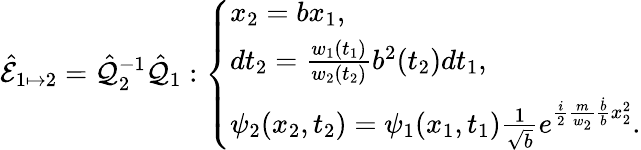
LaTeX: \hat{\mathcal{E}}_{1\mapsto 2}=\hat{\mathcal{Q}}_{2}^{-1}\hat{\mathcal{Q}}_{1}:\left\{ \begin{array}{ll}{x_{2}=bx_{1},}\\ {dt_{2}=\frac{w_{1}(t_{1})}{w_{2}(t_{2})}b^{2}(t_{2})dt_{1},}\\ {\psi_{2}(x_{2},t_{2})=\psi_{1}(x_{1},t_{1})\frac{1}{\sqrt{b}}e^{\frac{i}{2}\frac{m}{w_{2}}\frac{\dot{b}}{b}x_{2}^{2}}.}\end{array}\right.